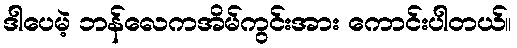
ဒါပေမဲ့ ဘန်လေကအိမ်ကွင်းအား ကောင်းပါတယ်။